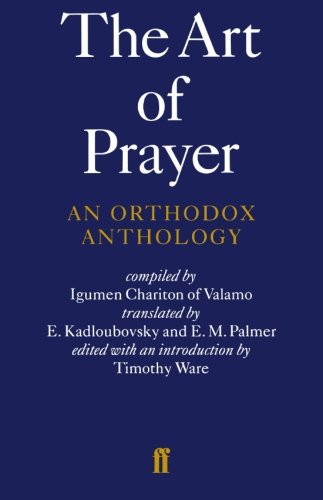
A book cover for The Art of Prayer: An Orthodox Anthology; Igumen Chariton; Reference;